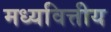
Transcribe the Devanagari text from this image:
मध्यवित्तीय